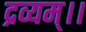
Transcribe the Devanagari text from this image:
द्रव्यम्।।